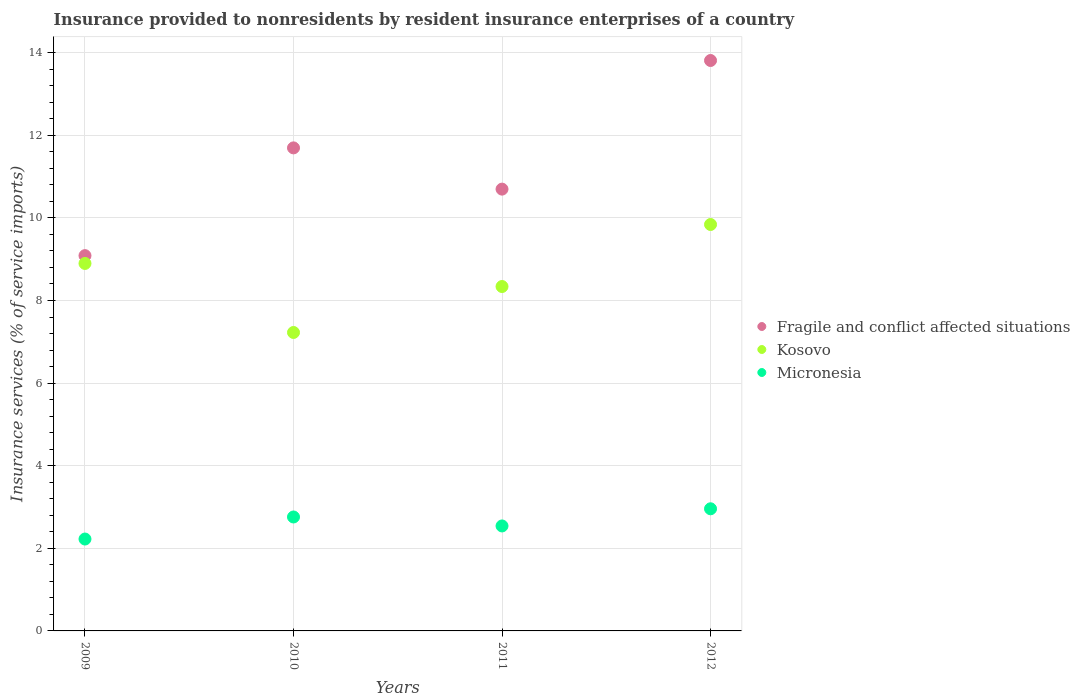
| Years | Fragile and conflict affected situations | Kosovo | Micronesia |
 | --- | --- | --- | --- |
 | 2009 | 9.09 | 8.9 | 2.22 |
 | 2010 | 11.7 | 7.23 | 2.76 |
 | 2011 | 10.7 | 8.34 | 2.54 |
 | 2012 | 13.8 | 9.84 | 2.96 |